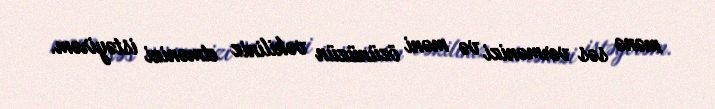
mənə səs vermənizi və məni özünüzün vəkiliniz etmənizi istəyirəm.